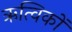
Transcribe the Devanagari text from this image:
ऋत्विकों